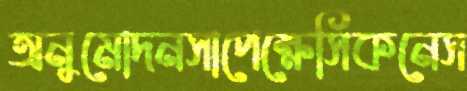
অনুমোদনসাপেক্ষেসিকনেস